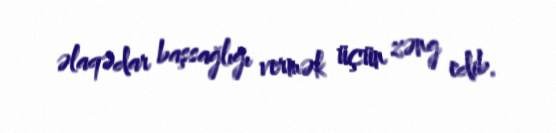
əlaqədar başsağlığı vermək üçün zəng edib.